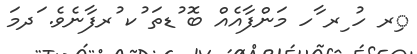
ިރ ހު ިރ ާހ މަންފާއެއް ބޮ ުޑތަ ުކ ުރފާނެވެ. ަދމަ